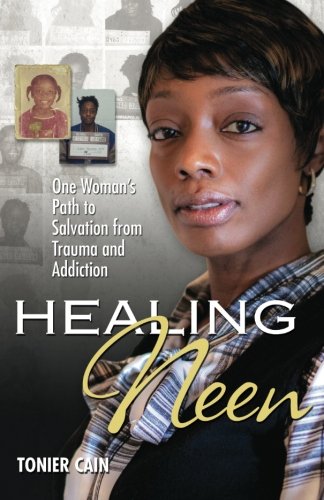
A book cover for Healing Neen: One Woman's Path to Salvation from Trauma and Addiction; Tonier Cain; Biographies & Memoirs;